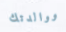
ووالدتك